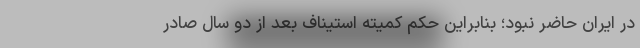
در ایران حاضر نبود؛ بنابراین حکم کمیته استیناف بعد از دو سال صادر